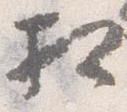
相